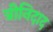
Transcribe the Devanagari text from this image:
त्रीनिदाद